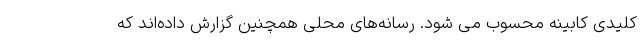
کلیدی کابینه محسوب می شود. رسانه‌های محلی همچنین گزارش داده‌اند که